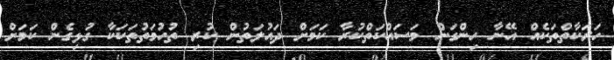
ހަރަކާތްތަކެއް އޭނާ ހިންގަން މަސައްކަތްކުރާ ކަމަށް ދައުލަތުން ކުރި ތުހުމަތުތަކަކާ ގުޅިގެން ކަމަށް